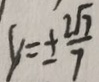
y = \pm \frac { 2 \sqrt { 7 } } { 7 }